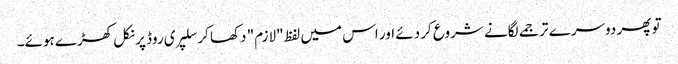
تو پھر دوسرے ترجمے لگانے شروع کر دئے اور اس میں لفظ "لازم" دکھا کر سلپری روڈ پر نکل کھڑے ہوئے۔